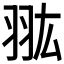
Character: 𦐌